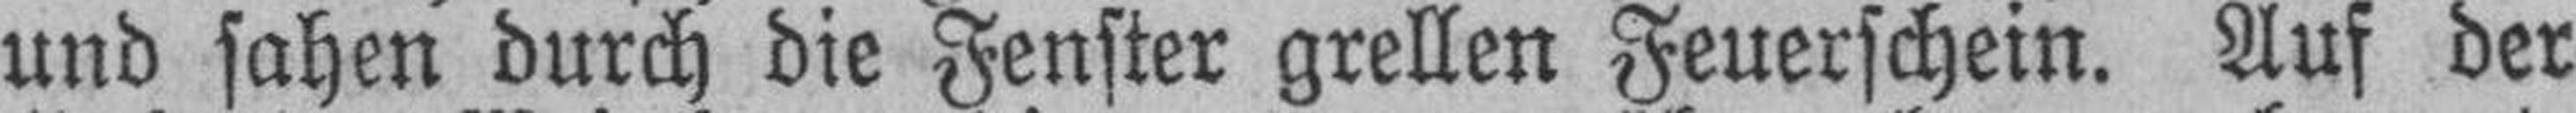
und sahen durch die Fenster grellen Feuerschein. Auf der